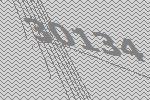
30134